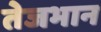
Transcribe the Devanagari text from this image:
तेजभान